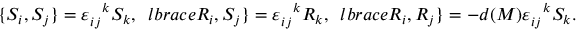
\lbrace S _ { i } , S _ { j } \rbrace = \varepsilon _ { i j } ^ { \ \ k } S _ { k } , \ \, l b r a c e R _ { i } , S _ { j } \rbrace = \varepsilon _ { i j } ^ { \ \ k } R _ { k } , \ \, l b r a c e R _ { i } , R _ { j } \rbrace = - d ( M ) \varepsilon _ { i j } ^ { \ \ k } S _ { k } .